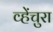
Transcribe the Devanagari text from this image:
व्हेंचुरा